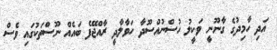
އަދި ހާމިދުގެ ގާނޫނީ ވަކީލު ހުސްނުއްސޫދާ ހަވާލާދީ ރާއްޖޭފެ ބައެއް ނޫސްތަކުގައި ވެސް